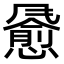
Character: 𫗄